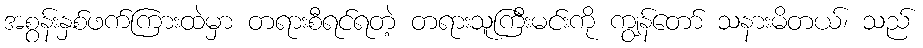
အစွန်းနှစ်ဖက်ကြားထဲမှာ တရားစီရင်ရတဲ့ တရားသူကြီးမင်းကို ကျွန်တော် သနားမိတယ်၊ သည်